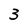
Character: 3